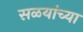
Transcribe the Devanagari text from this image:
सळयांच्या